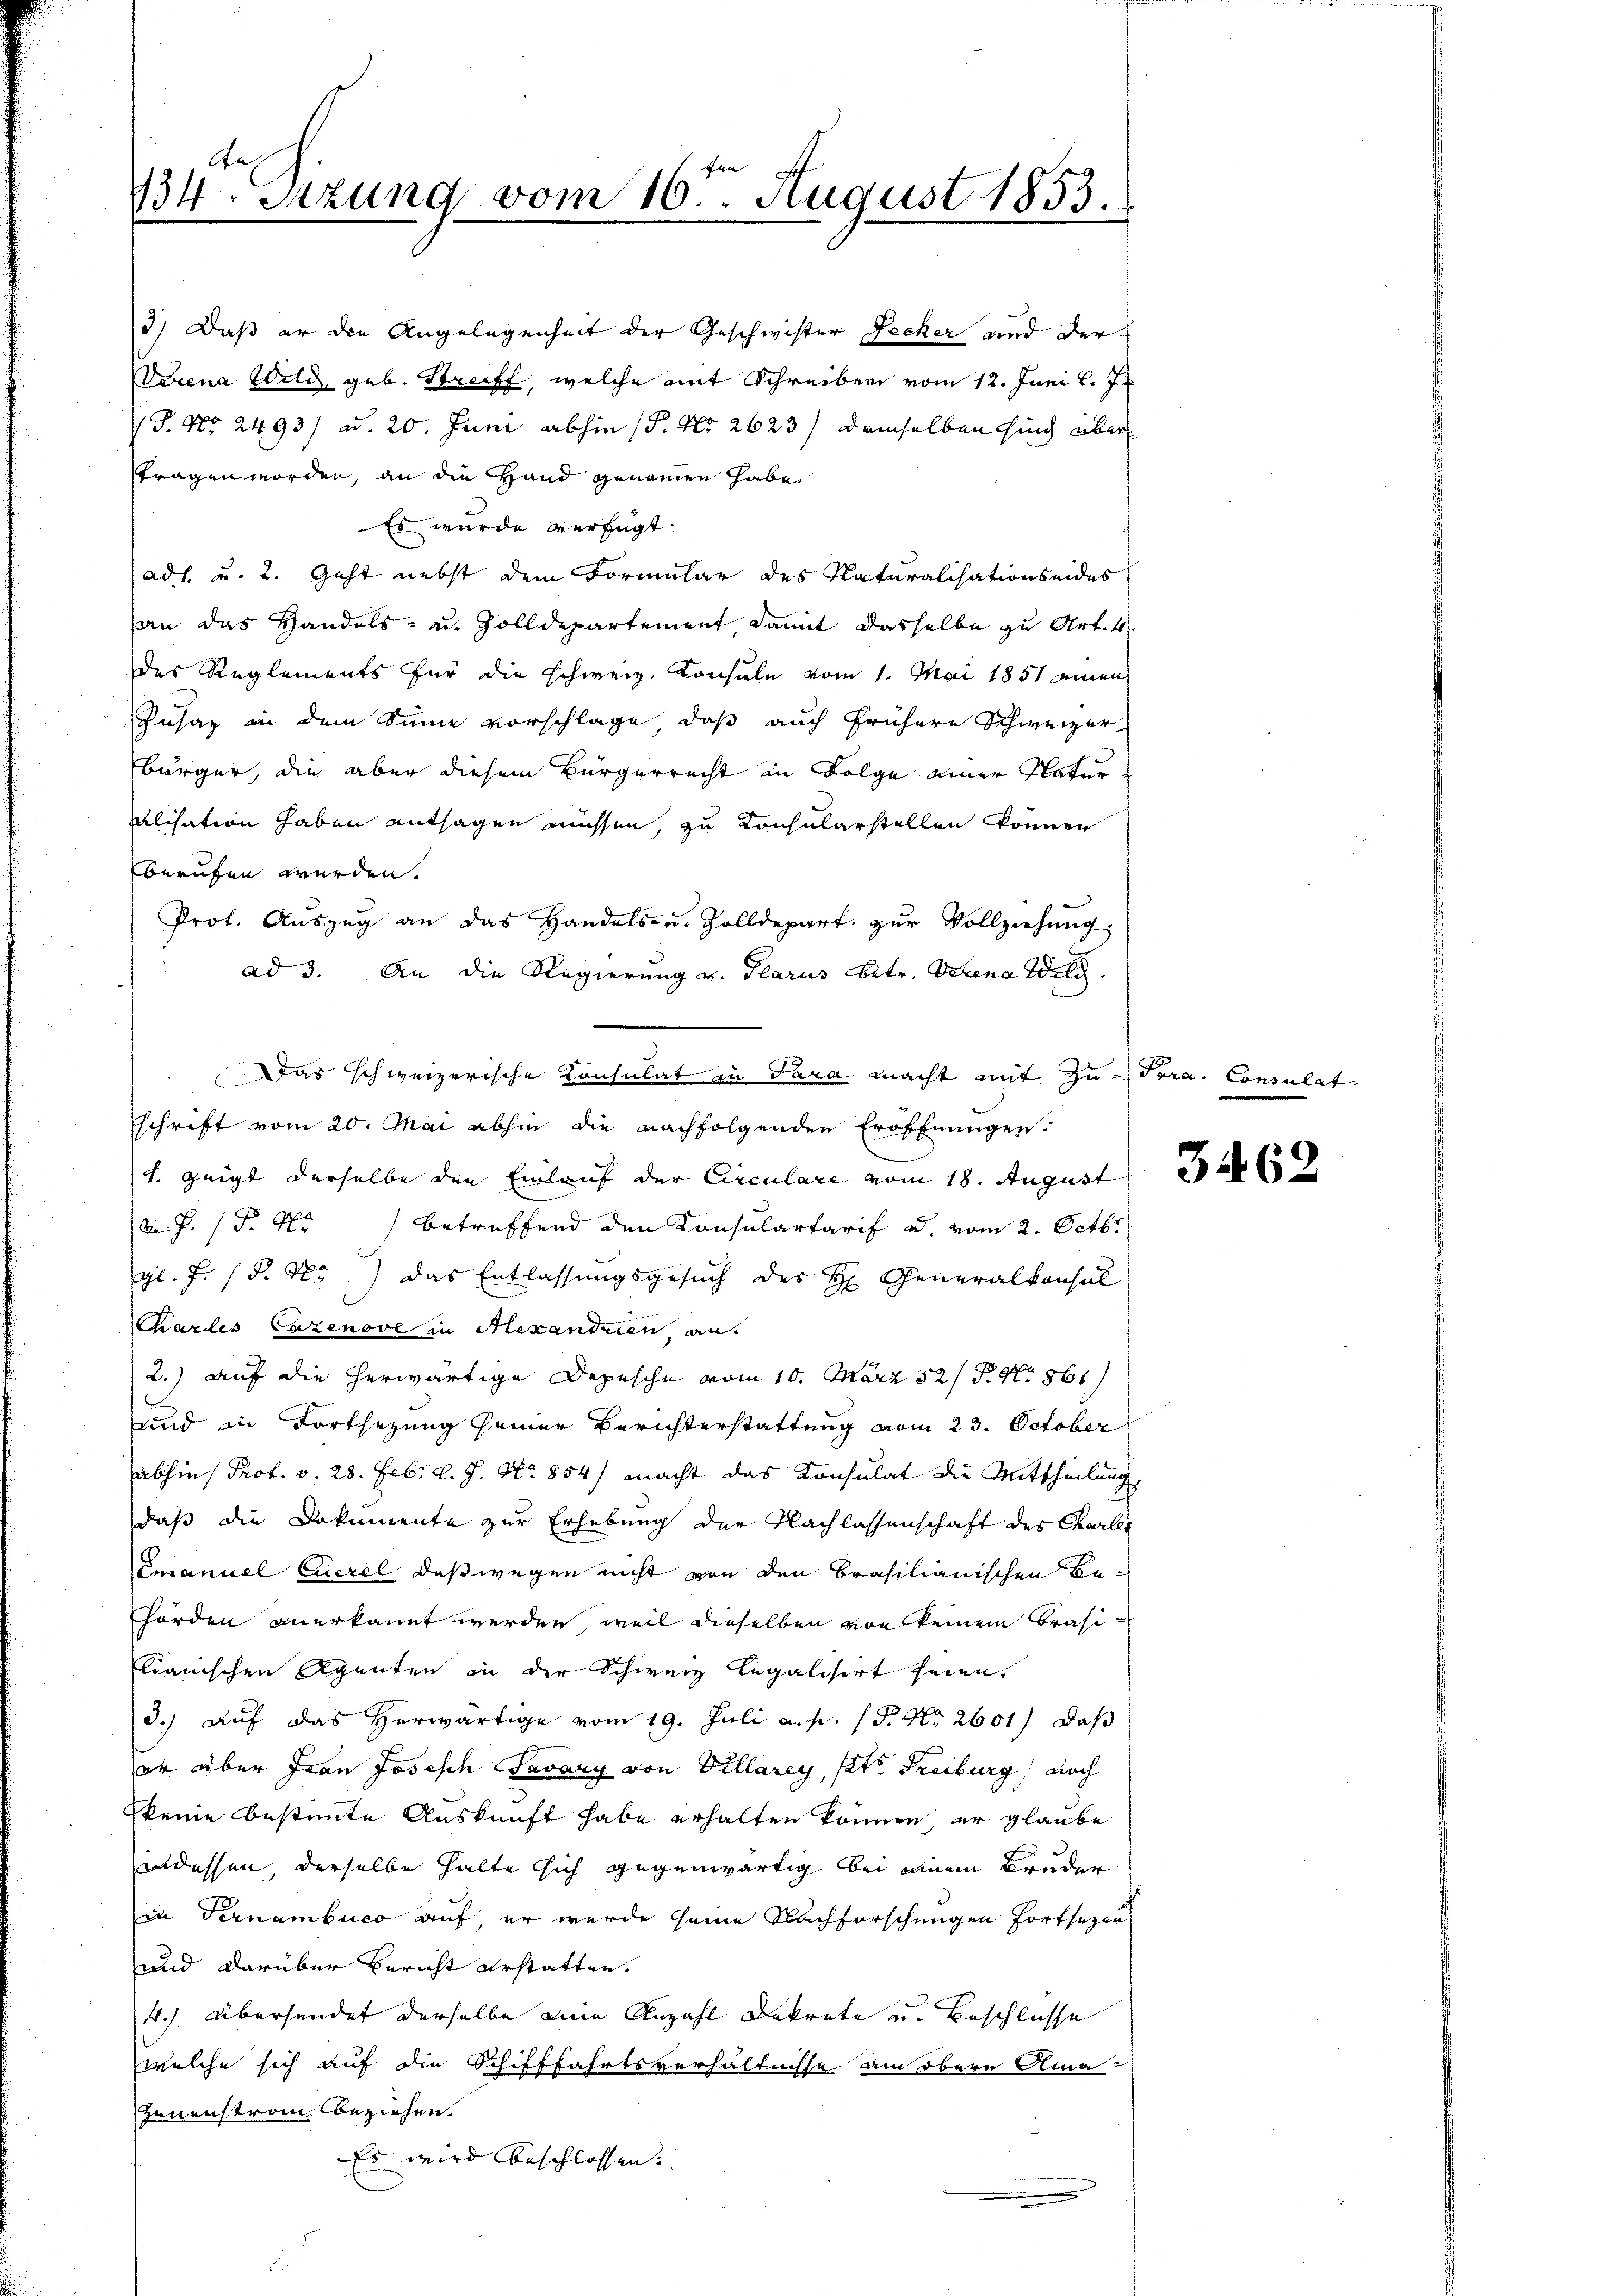
Aas
134. Sitzung vom 16ten August 1853.

3.) Daß er die Angelegenheit der Geschwister Decker und der
Verena Wild geb. Streiff, welche mit Schreiben vom 12. Juni l. J.
 P. Nr. 2493/ ad. 20. Juni abhin (P. No 2623 / demselben sind über
ftragen worden, an die Hand genommen habe,
Es wurde verfügt:
adl. u. 2. Geht nebst dem Formular des Naturalisationseides
an das Handels- u. Zolldepartement damit dasselbe zu Art. 4.
des Reglements für die Schweiz. Konsule vom 1. Mai 1851 amen
Zusaz in dem Sinne vorschlage, daß auch frühere Schweizer
Ebürger, die aber diesem Bürgerrecht in Folge einer Natur
lisation haben entsagen müssen, zu Konsularstellen können
berufen werden.
Prot. Aŭszŭg an das Handels- u. Zolldepart. zŭr Vollziehung
ad 3. An die Regierung v. Glarus betr. Verena Wel
1. zeigt derselbe den Einlauf der Circulare vom 18. August
Ai J. P. Nr. betreffend den Konsulartarif u. vom 2. Octbr
gl. F. d. M. das Entlassungsgesuch des H. Generalkonsul
Charlis Cazenove in Alexandrien an.
2.) auf die herwärtige Depesche vom 10. März 521. No 861
und in Fortsezung seiner Berichterstattung vom 23. October
abhin Prof. v. 28. Febr. l. J. No 854) macht das Konsulat die Mittheilung
daß die Dokumente zur Erhebung der Nachlassenschaft des Charler
Emanuel Euerel, daß wegen nicht von den Brasilianischen Behörden anerkannt werden, weil dieselben von keinem Brasilianischen Agenten in der Schweiz legalisirt seien,
d.) Auf das herwärtige vom 19. Juli a. p. P. Nr. 2601) daß
er über Frau Josisch Savary von Villarey, ste Freiburg, noch
keine bestimmte Auskunft habe erhalten können, er glaube
andessen, derselbe halte sich gegenwärtig bei einem Bruder
in Ternambuco auf, er wurde seine Nachforschungen fortsezen,
und darüber Bericht erstatten.
4.). Übersendet derselbe eine Anzahl Dekrete u. Beschlusse
welche sich auf die Schifffahrtsverhältnisse am obern Ama-
Jenenstrom beziehen.
Es wird beschlossen.

Das schweizerische Consulat in Sara macht mit zu Tera. Consulat
schrift vom 20. Mai abhin die nachfolgenden Eröffnungen.

3462